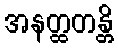
အနတ္ထတန္တိ